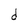
Character: d